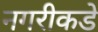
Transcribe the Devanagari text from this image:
नगरीकडे